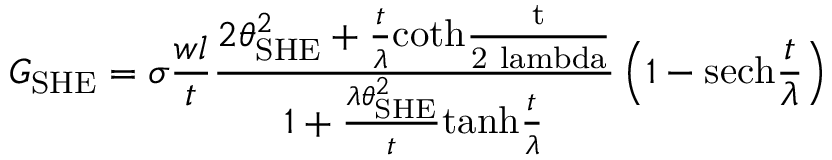
G _ { \mathrm { S H E } } = \sigma \frac { w l } { t } \frac { 2 \theta _ { \mathrm { S H E } } ^ { 2 } + \frac { t } { \lambda } \mathrm { c o t h \frac { t } { 2 \ l a m b d a } } } { 1 + \frac { \lambda \theta _ { \mathrm { S H E } } ^ { 2 } } { t } \mathrm { t a n h } \frac { t } { \lambda } } \left( 1 - \mathrm { s e c h } \frac { t } { \lambda } \right)